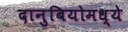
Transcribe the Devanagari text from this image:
दानुबियोमध्ये